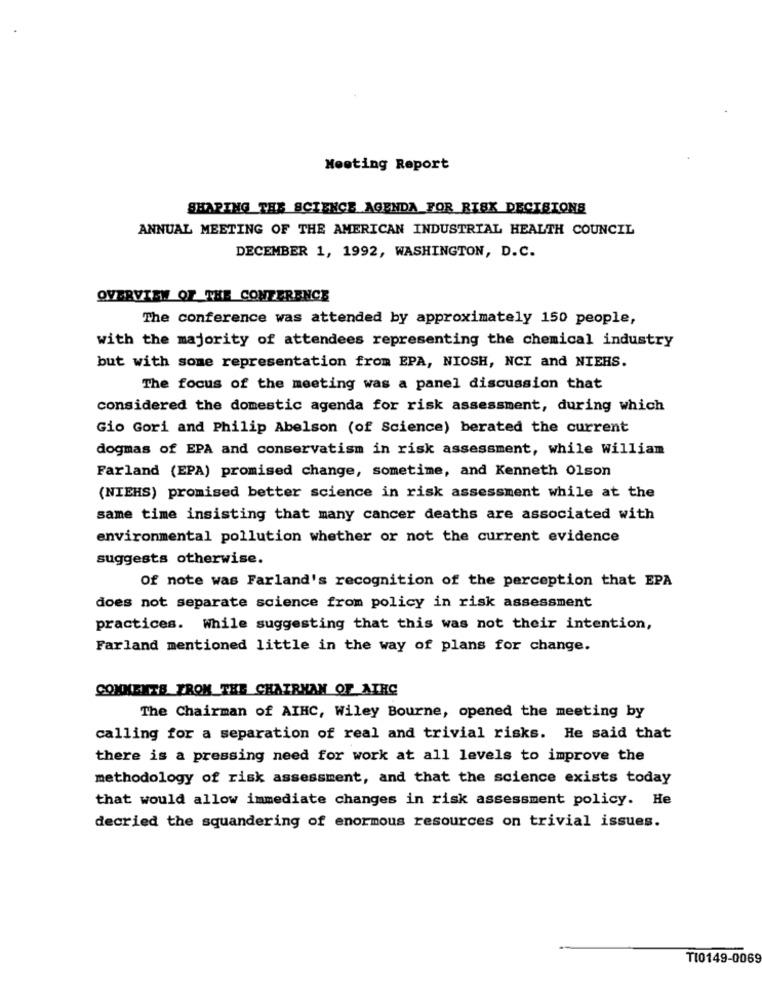
Meeting Report
SHARING THE SCIENCE AGENDA FOR RISK DECISIONS
ANNUAL MEETING OF THE AMERICAN INDUSTRIAL HEALTH COUNCIL
DECEMBER 1, 1992, WASHINGTON, D.C.
OVERVIEW OF THE CONFERENCE
The conference was attended by approximately 150 people,
with the majority of attendees representing the chemical industry
but with some representation from EPA, NIOSH, NCI and NIERS.
The focus of the meeting was a panel discussion that
considered the domestic agenda for risk assessment, during which
Gio Gori and Philip Abelson (of Science) berated the current
dogmas of EPA and conservatism in risk assessment, while William
Farland (EPA) promised change, sometime, and Kenneth Olson
(NIEHS) promised better science in risk assessment while at the
same time insisting that many cancer deaths are associated with
environmental pollution whether or not the current evidence
suggests otherwise.
Of note was Farland's recognition of the perception that EPA
does not separate science from policy in risk assessment
practices. While suggesting that this was not their intention,
Farland mentioned little in the way of plans for change.
COMMENTS FROM THE CHAIRMAN OF AIHC
The Chairman of AIHC, Wiley Bourne, opened the meeting by
calling for a separation of real and trivial risks. He said that
there is a pressing need for work at all levels to improve the
methodology of risk assessment, and that the science exists today
that would allow immediate changes in risk assessment policy. He
decried the squandering of enormous resources on trivial issues.
TI0149-0069